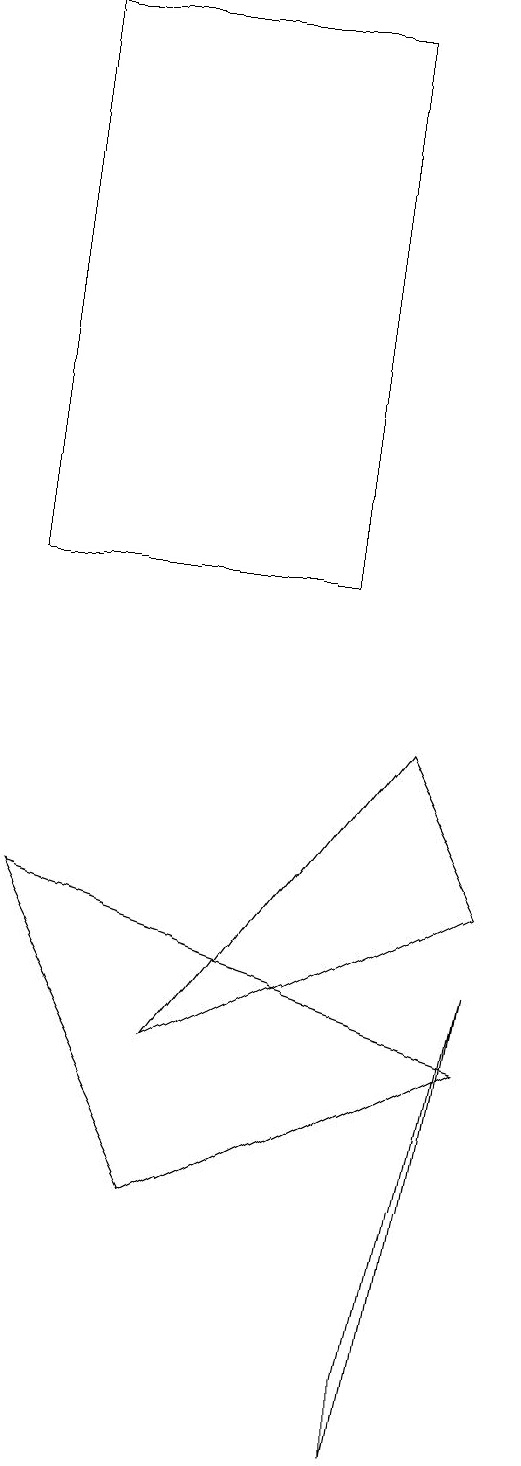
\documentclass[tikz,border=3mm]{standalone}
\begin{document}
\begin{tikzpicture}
\draw (8,6) -- (7,1) -- (7,0) -- cycle;
\draw (2,7) -- (8,5) -- (4,3) -- cycle;
\draw (6,18) rectangle (2,11);
\draw (8,7) -- (7,9) -- (4,5) -- cycle;
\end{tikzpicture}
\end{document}